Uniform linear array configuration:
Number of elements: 32
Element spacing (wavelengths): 1
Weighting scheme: hamming
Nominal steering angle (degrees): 60
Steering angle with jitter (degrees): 61.914
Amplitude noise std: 0.05
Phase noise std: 0.05

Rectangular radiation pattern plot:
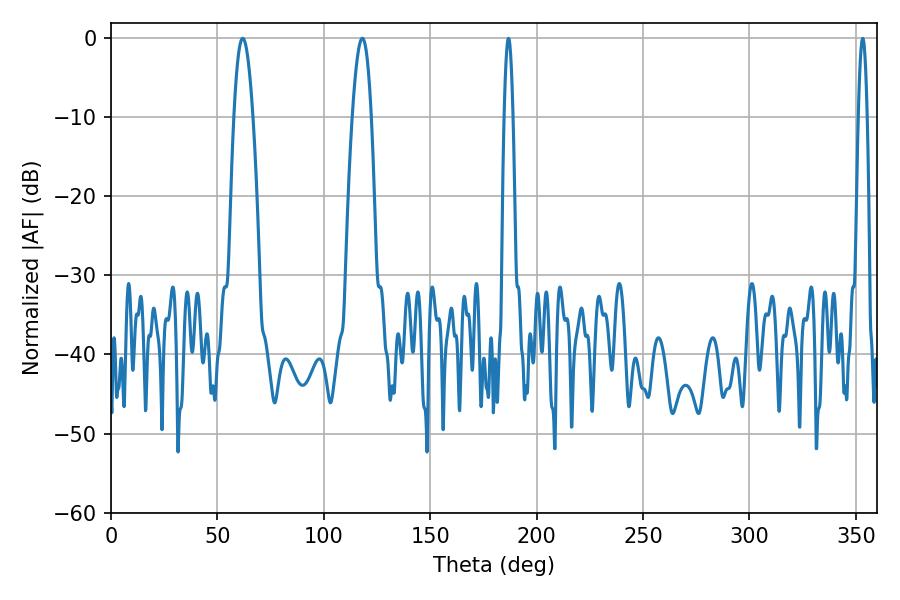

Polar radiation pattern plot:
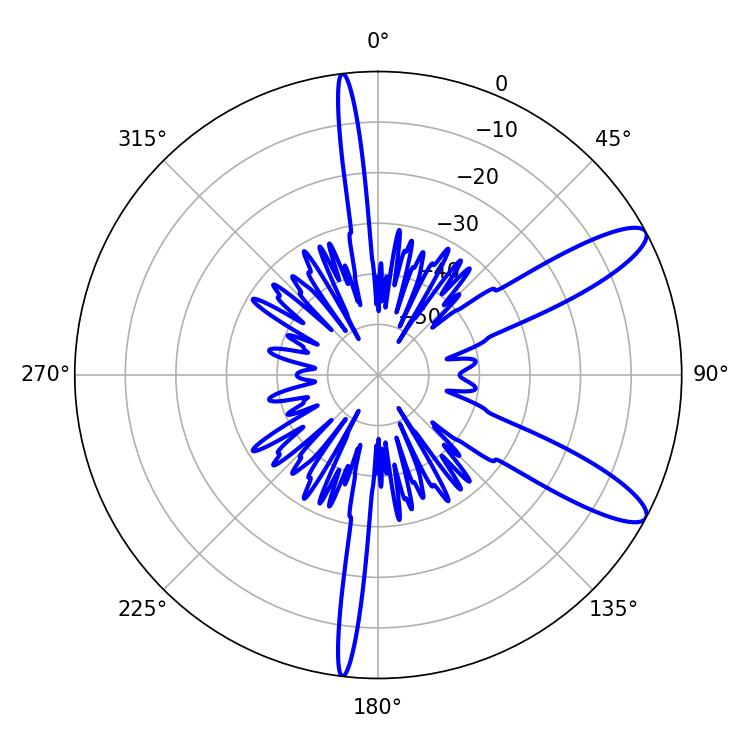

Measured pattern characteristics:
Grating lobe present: TRUE
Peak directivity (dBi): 11.143
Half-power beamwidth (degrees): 4.86
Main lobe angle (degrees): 61.92